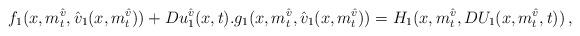
LaTeX: \begin{align*}f_{1}(x,m^{\hat v}_t,\hat{v}_{1}(x,m^{\hat v}_t))+Du^{\hat v}_{1}(x,t).g_{1}(x,m^{\hat v}_t,\hat{v}_{1}(x,m^{\hat v}_t))=H_{1}(x,m^{\hat v}_t,DU_{1}(x,m^{\hat v}_t,t)) \, ,\end{align*}